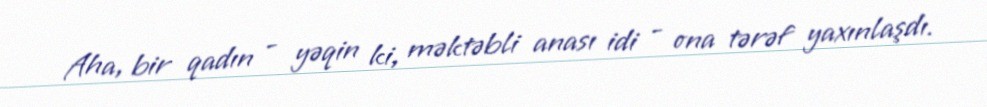
Aha, bir qadın - yəqin ki, məktəbli anası idi - ona tərəf yaxınlaşdı.